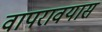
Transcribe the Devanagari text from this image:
वापरावयास